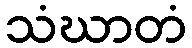
သံဃာတံ